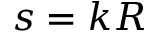
s = k R